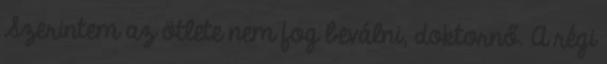
Szerintem az ötlete nem fog beválni, doktornő. A régi